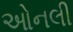
ઓનલી